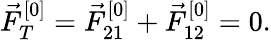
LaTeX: \vec{F}_{T}^{[0]}=\vec{F}_{21}^{[0]}+\vec{F}_{12}^{[0]}=0.